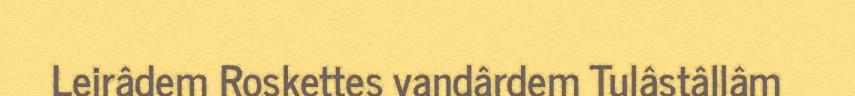
Leirâdem Roskettes vandârdem Tulâstâllâm